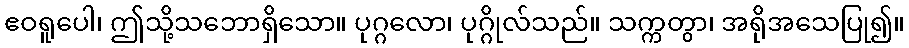
ဧဝရူပေါ၊ ဤသို့သဘောရှိသော။ ပုဂ္ဂလော၊ ပုဂ္ဂိုလ်သည်။ သက္ကတွာ၊ အရိုအသေပြု၍။